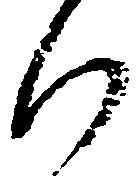
行